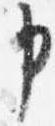
申